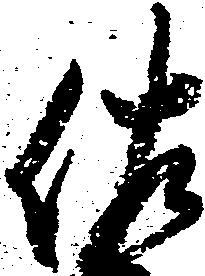
佐